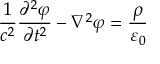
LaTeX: { \frac { 1 } { c ^ { 2 } } } { \frac { \partial ^ { 2 } \varphi } { \partial t ^ { 2 } } } - \nabla ^ { 2 } { \varphi } = { \frac { \rho } { \varepsilon _ { 0 } } }